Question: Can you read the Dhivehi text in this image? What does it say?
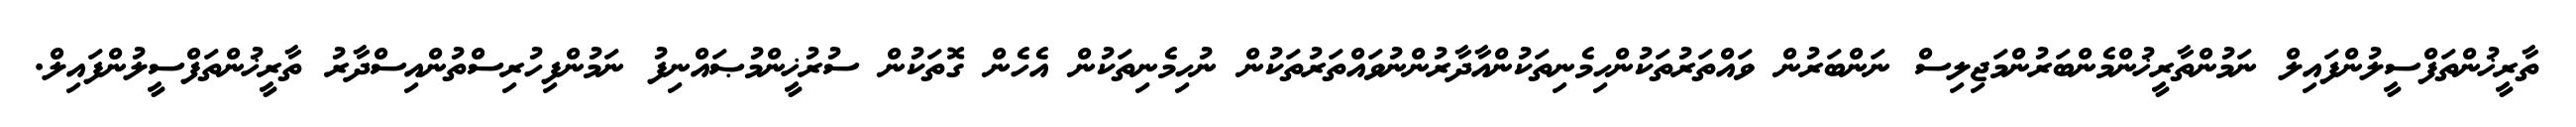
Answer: ތާރީޚުންތަފްސީލުންފައިލް ނަމުންތާރީޚުންމެންބަރުންމަޖިލިސް ނަންބަރުން ވައްތަރުތަކުންހިމެނިތަކުންއާދާރުންނުވައްތަރުތަކުން ނުހިމެނިތަކުން އެހެން ގޮތަކުން ސުރުޚީންމުޞައްނިފު ނަމުންފިހުރިސްތުންއިސްދާރު ތާރީޚުންތަފްސީލުންފައިލް.